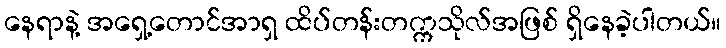
နေရာနဲ့ အရှေ့တောင်အာရှ ထိပ်တန်းတက္ကသိုလ်အဖြစ် ရှိနေခဲ့ပါတယ်။